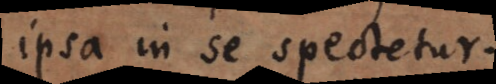
ipso in se spectatum.